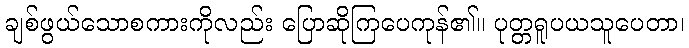
ချစ်ဖွယ်သောစကားကိုလည်း ပြောဆိုကြပေကုန်၏။ ပုတ္တရူပယသူပေတာ၊